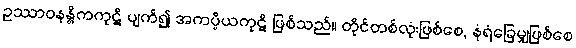
ဥဿာဝနန္တိကကုဋိ ပျက်၍ အကပ္ပိယကုဋိ ဖြစ်သည်။ တိုင်တစ်လုံးဖြစ်စေ, နံရံခြေမျှဖြစ်စေ